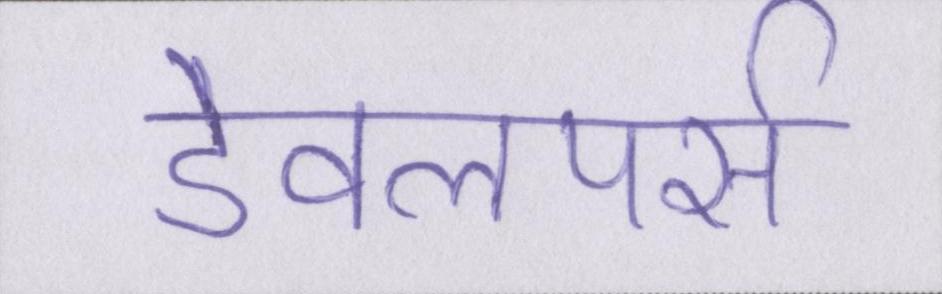
डेवलपर्स